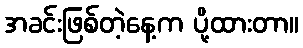
အခင်းဖြစ်တဲ့နေ့က ပို့ထားတာ။